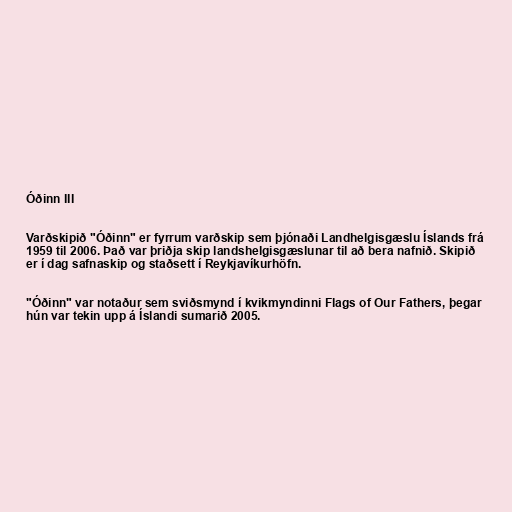
Óðinn III

Varðskipið "Óðinn" er fyrrum varðskip sem þjónaði Landhelgisgæslu Íslands frá
1959 til 2006. Það var þriðja skip landshelgisgæslunar til að bera nafnið. Skipið
er í dag safnaskip og staðsett í Reykjavíkurhöfn.

"Óðinn" var notaður sem sviðsmynd í kvikmyndinni Flags of Our Fathers, þegar
hún var tekin upp á Íslandi sumarið 2005.